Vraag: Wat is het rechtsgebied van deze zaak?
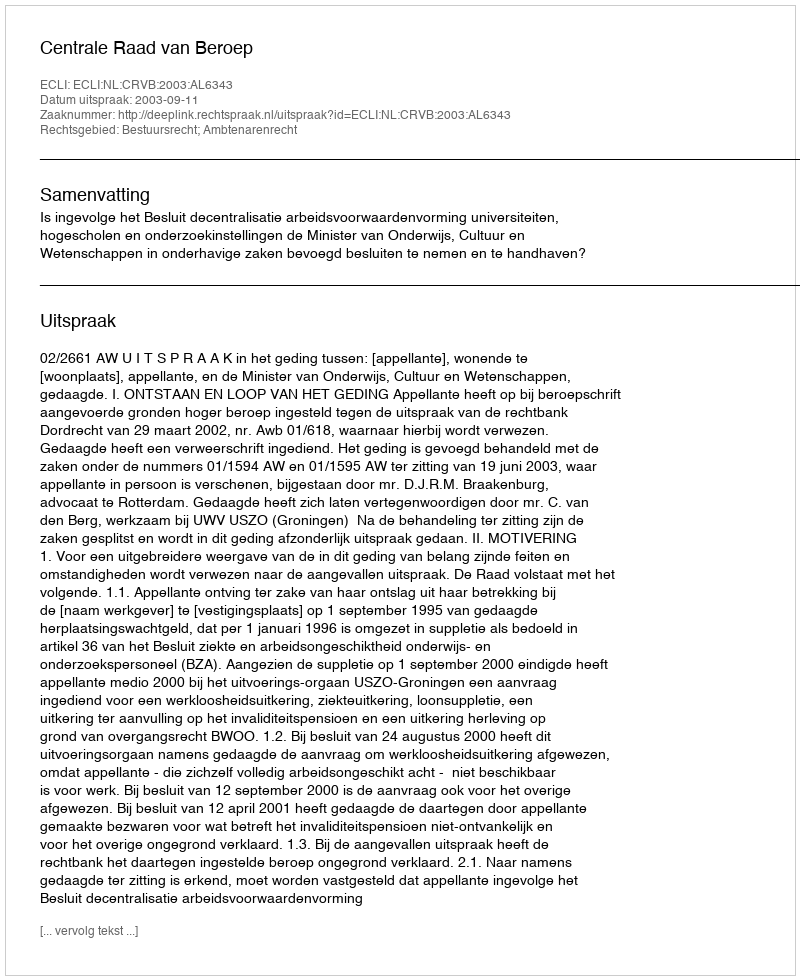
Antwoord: Bestuursrecht; Ambtenarenrecht